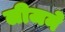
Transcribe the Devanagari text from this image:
लीजने